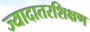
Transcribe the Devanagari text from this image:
ज्यादातरशिक्षण